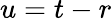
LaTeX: u=t-r